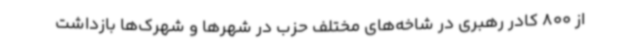
از 800 کادر رهبری در شاخه‌های مختلف حزب در شهرها و شهرک‌ها بازداشت